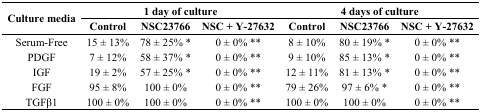
<table><thead><tr><td rowspan="2"><b>Culture media</b></td><td colspan="3"><b>1 day of culture</b></td><td colspan="3"><b>4 days of culture</b></td></tr><tr><td><b>Control</b></td><td><b>NSC23766</b></td><td><b>NSC + Y-27632</b></td><td><b>Control</b></td><td><b>NSC23766</b></td><td><b>NSC + Y-27632</b></td></tr></thead><tbody><tr><td>Serum-Free</td><td>15 ± 13%</td><td>78 ± 25% *</td><td>0 ± 0% **</td><td>8 ± 10%</td><td>80 ± 19% *</td><td>0 ± 0% **</td></tr><tr><td>PDGF</td><td>7 ± 12%</td><td>58 ± 37% *</td><td>0 ± 0% **</td><td>9 ± 10%</td><td>85 ± 13% *</td><td>0 ± 0% **</td></tr><tr><td>IGF</td><td>19 ± 2%</td><td>57 ± 25% *</td><td>0 ± 0% **</td><td>12 ± 11%</td><td>81 ± 13% *</td><td>0 ± 0% **</td></tr><tr><td>FGF</td><td>95 ± 8%</td><td>100 ± 0%</td><td>0 ± 0% **</td><td>79 ± 26%</td><td>97 ± 6% *</td><td>0 ± 0% **</td></tr><tr><td>TGFβ1</td><td>100 ± 0%</td><td>100 ± 0%</td><td>0 ± 0% **</td><td>100 ± 0%</td><td>100 ± 0%</td><td>0 ± 0% **</td></tr></tbody></table>